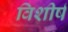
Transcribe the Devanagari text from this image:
विशीर्ष